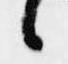
候